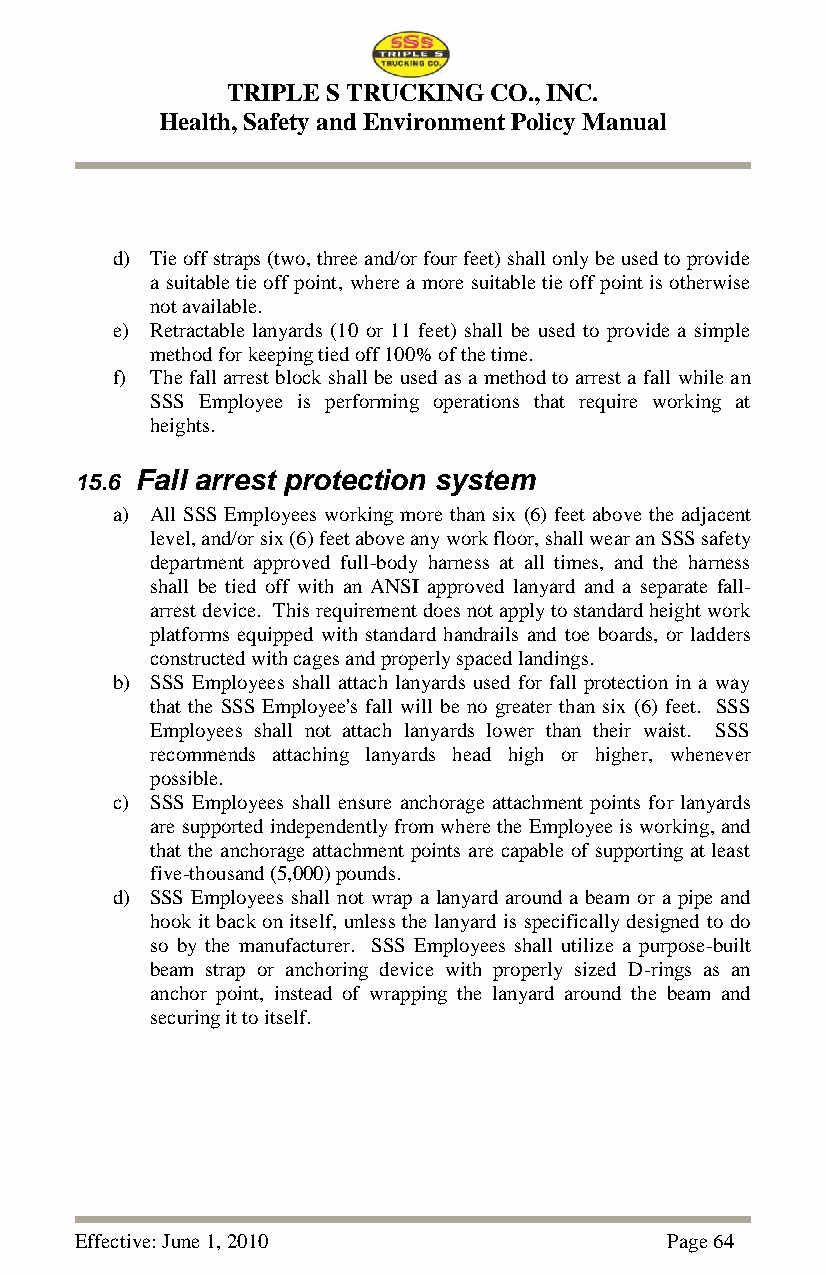
TRIPLE S TRUCKING CO., INC.
 Health, Safety and Environment Policy Manual
 d) Tie off straps (two, three and/or four feet) shall only be used to provide
 a suitable tie off point, where a more suitable tie off point is otherwise
 not available.
 e) Retractable lanyards (10 or 11 feet) shall be used to provide a simple
 method for keeping tied off 100% of the time.
 f) The fall arrest block shall be used as a method to arrest a fall while an
 SSS Employee is performing operations that require working at
 heights.
 15.6 Fall arrest protection system
 a) All SSS Employees working more than six (6) feet above the adjacent
 level, and/or six (6) feet above any work floor, shall wear an SSS safety
 department approved full-body harness at all times, and the harness
 shall be tied off with an ANSI approved lanyard and a separate fall-
 arrest device. This requirement does not apply to standard height work
 platforms equipped with standard handrails and toe boards, or ladders
 constructed with cages and properly spaced landings.
 b) SSS Employees shall attach lanyards used for fall protection in a way
 that the SSS Employee's fall will be no greater than six (6) feet. SSS
 Employees shall not attach lanyards lower than their waist. SSS
 recommends attaching lanyards head high or higher, whenever
 possible.
 c) SSS Employees shall ensure anchorage attachment points for lanyards
 are supported independently from where the Employee is working, and
 that the anchorage attachment points are capable of supporting at least
 five-thousand (5,000) pounds.
 d) SSS Employees shall not wrap a lanyard around a beam or a pipe and
 hook it back on itself, unless the lanyard is specifically designed to do
 so by the manufacturer. SSS Employees shall utilize a purpose-built
 beam strap or anchoring device with properly sized D-rings as an
 anchor point, instead of wrapping the lanyard around the beam and
 securing it to itself.
 Effective: June 1, 2010                Page 64